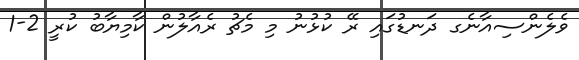
ވެލެންސިއާނެގ ދަނޑުގައި ރޭ ކުޅުނު މި މެޗު ރެއާލުން ކާމިޔާބު ކުރީ 2-1